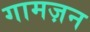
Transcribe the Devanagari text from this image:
गामज़न